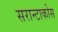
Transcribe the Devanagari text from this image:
सरान्टाकोस